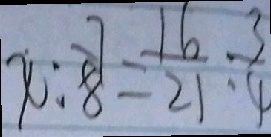
x : \frac { 7 } { 8 } = \frac { 1 6 } { 2 1 } : \frac { 3 } { 4 }